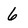
Character: 6